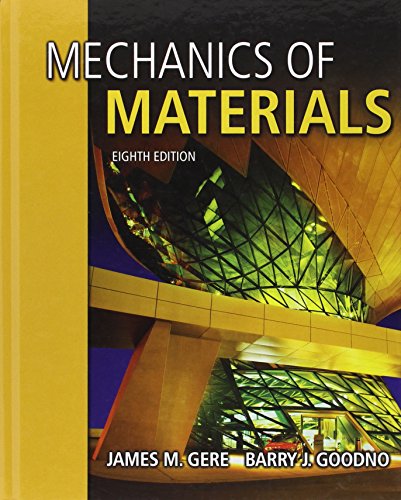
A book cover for Mechanics of Materials; James M. Gere; Science & Math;